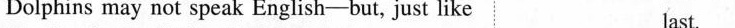
Dolphins may not speak English-but, just like last